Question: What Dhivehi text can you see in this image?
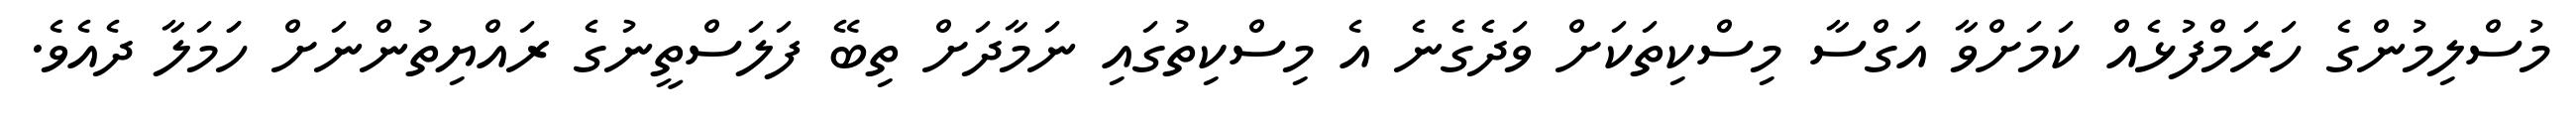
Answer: މުސްލިމުންގެ ހަރަމްފުޅެއް ކަމަށްވާ އަގްސާ މިސްކިތަކަށް ވަދެގެނެ އެ މިސްކިތުގައި ނަމާދަށް ތިބޭ ފަލަސްތީނުގެ ރައްޔިތުންނަށް ހަަމަލާ ދެއެވެ.